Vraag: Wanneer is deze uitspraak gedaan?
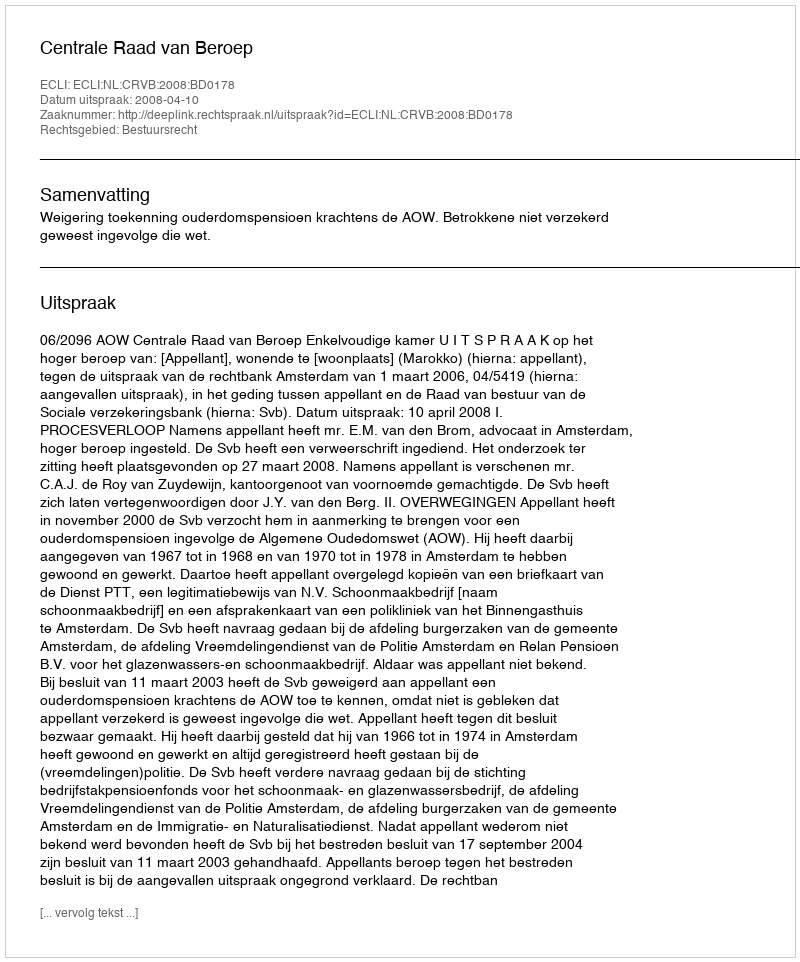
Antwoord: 2008-04-10